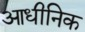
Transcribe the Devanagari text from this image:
आधीनिक